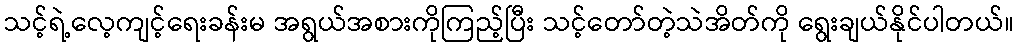
သင့်ရဲ့လေ့ကျင့်ရေးခန်းမ အရွယ်အစားကိုကြည့်ပြီး သင့်တော်တဲ့သဲအိတ်ကို ရွေးချယ်နိုင်ပါတယ်။